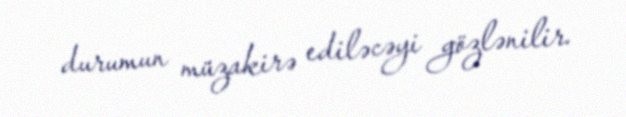
durumun müzakirə ediləcəyi gözlənilir.